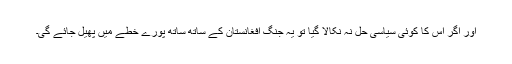
اور اگر اس کا کوئی سیاسی حل نہ نکالا گیا تو یہ جنگ افغانستان کے ساتھ ساتھ پورے خطے میں پھیل جائے گی۔